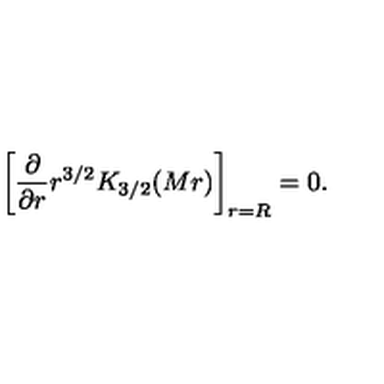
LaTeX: \left[ { \frac { \partial } { \partial r } } r ^ { 3 / 2 } K _ { 3 / 2 } ( M r ) \right] _ { r = R } = 0 .